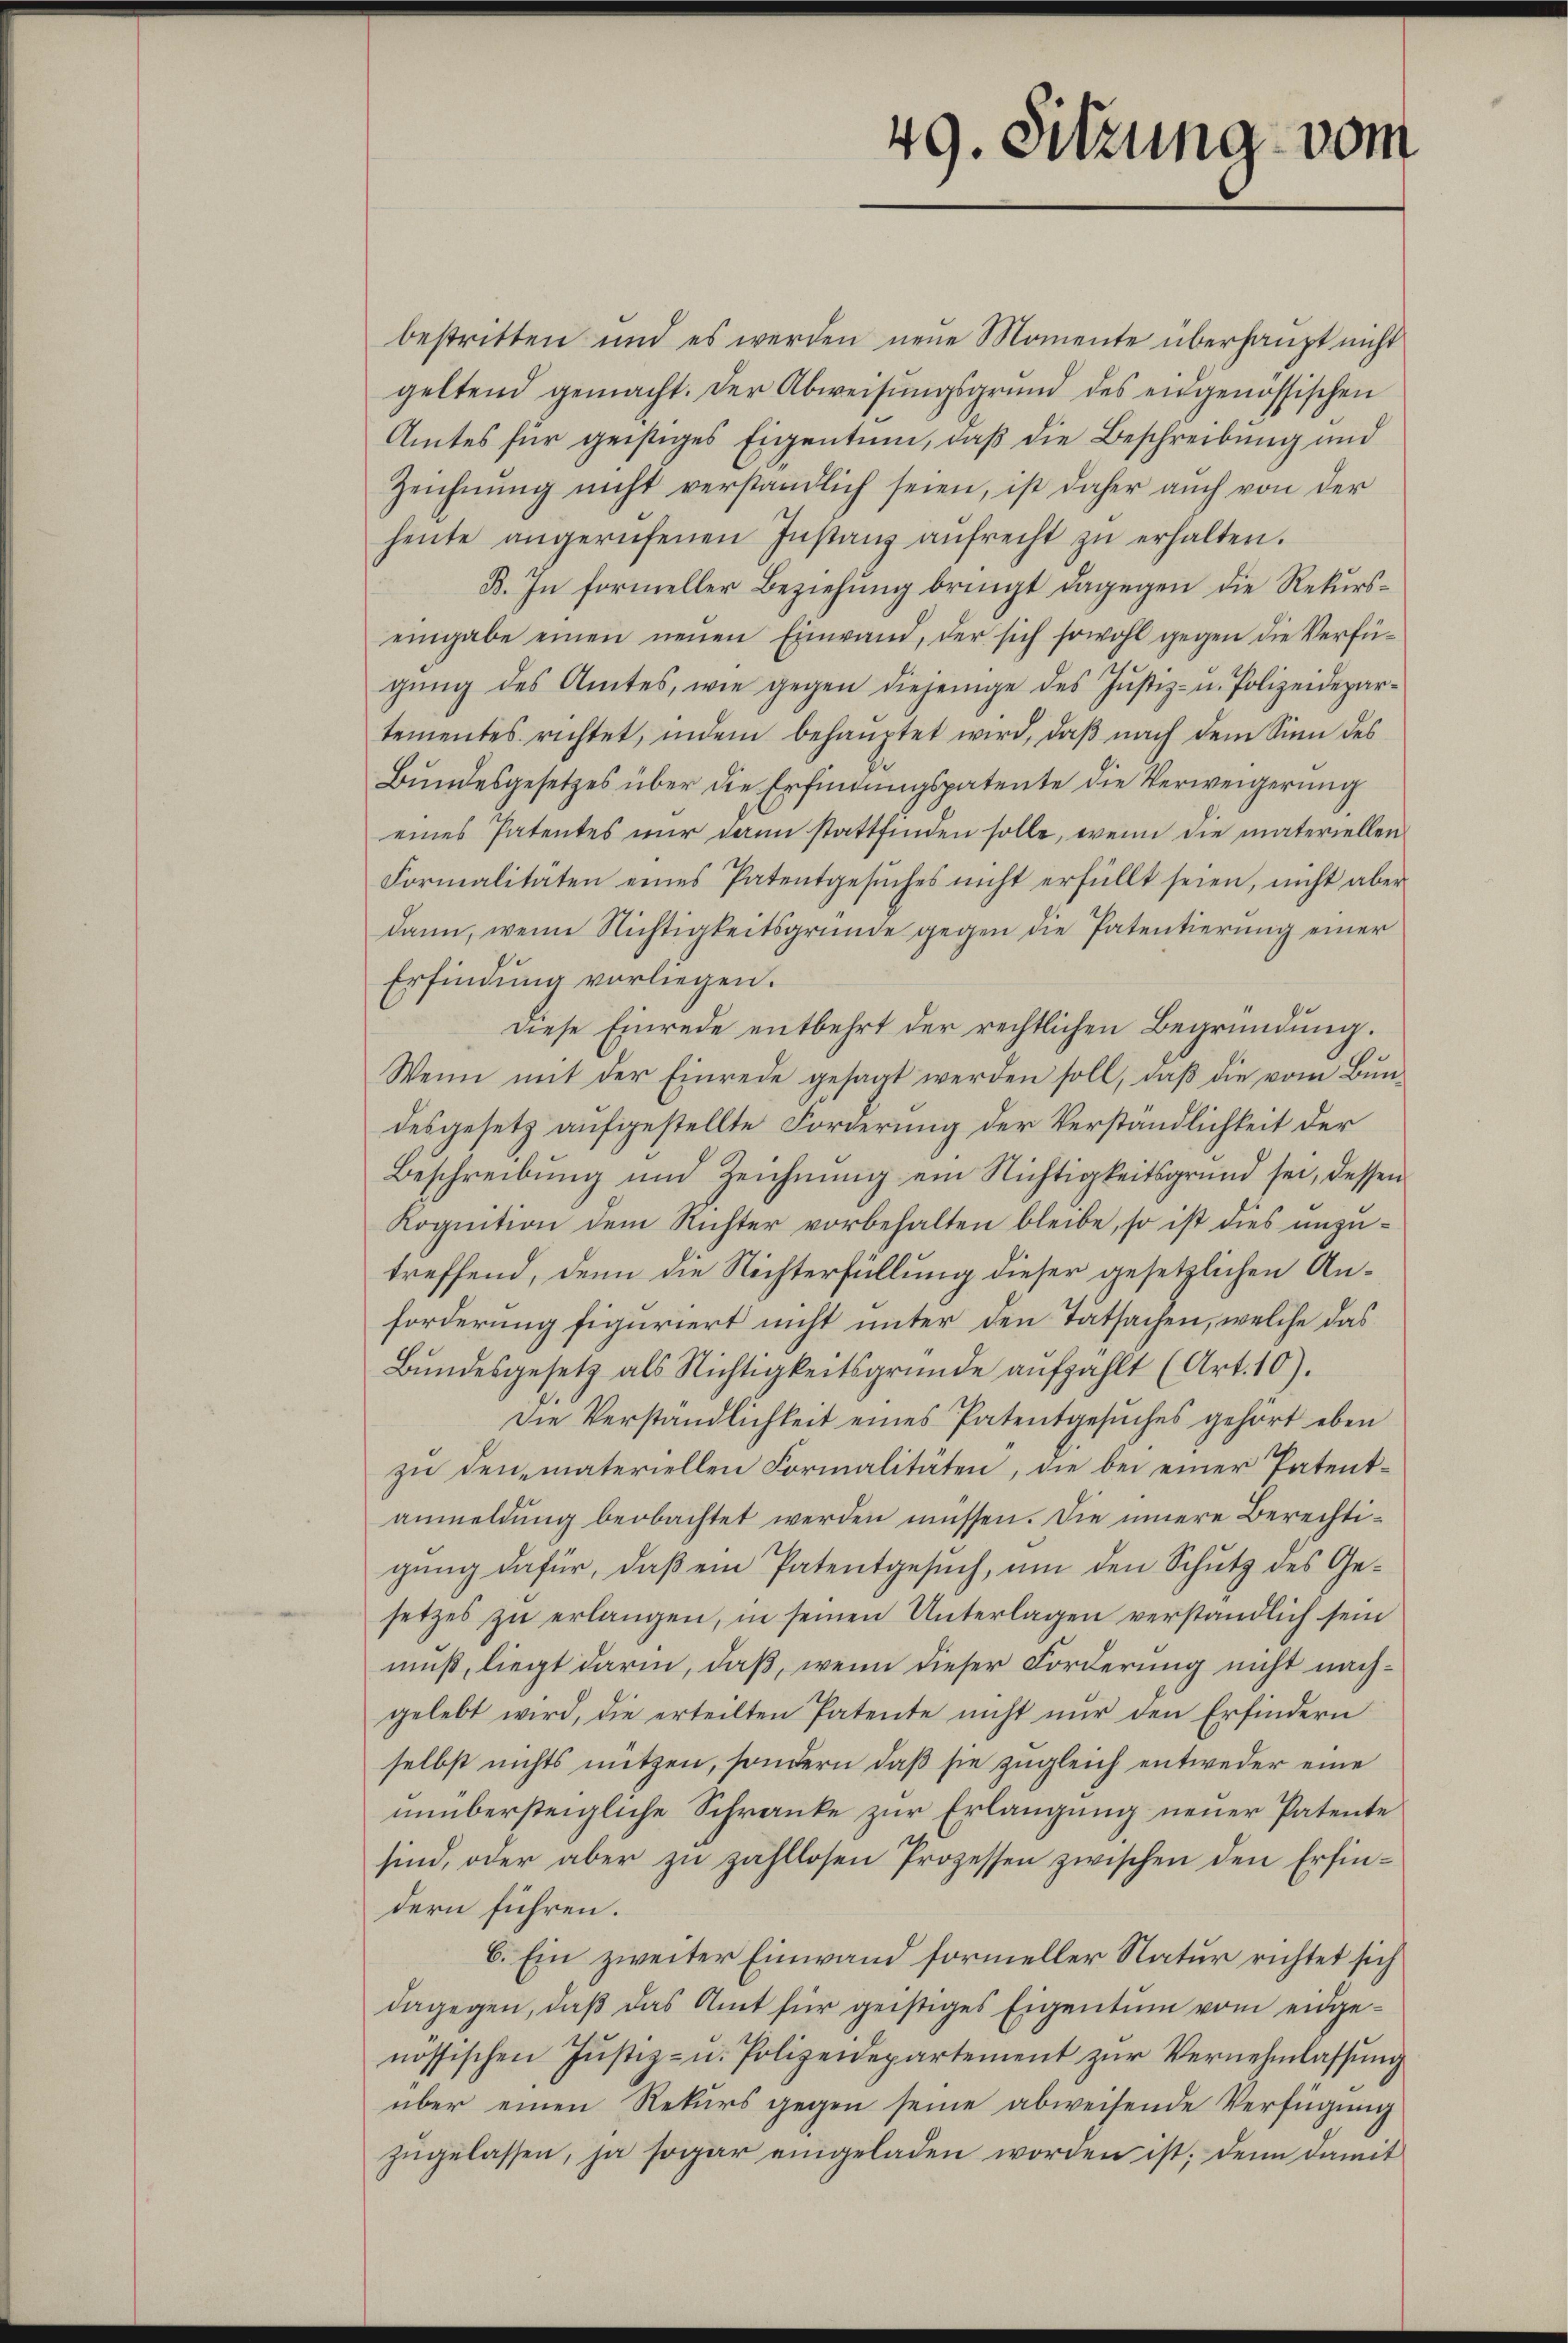
49. Sitzung vom

bestritten und es werden neue Momente überhaupt nicht
geltend gemacht. Der Abweisŭngsgrund des eidgenössischen
Amtes für geistiges Eigentum, daß die Beschreibung und
Zeichnŭng nicht verständlich seien, ist daher aŭch von der
heŭte angerufenen Instanz aŭfrecht zŭ erhalten.
B. In formeller Beziehung bringt dagegen die Rekurseingabe einen neuen Einwand, der sich sowohl gegen die Verfügŭng des Amtes, wie gegen diejenige des Jŭstiz- u. Polizeidepar-
tementes richtet, indem behaŭptet wird, daβ nach dem Sinn des
Bundesgesetzes über die Erfindungspatente die Verweigerung
eines Patentes nŭr dann stattfinden solle, wenn die materiellen
Formalitäten eines Patentgesŭches nicht erfüllt seien, nicht aber
dann, wenn Nichtigkeitsgründe gegen die Patentierung einer
Erfindung vorliegen.
Diese Einrede entbehrt der rechtlichen Begründung.
Wenn mit der Einrede gesagt werden soll, daβ die vom Bŭn-
desgesetz aufgestellte Forderung der Verständlichkeit der
Beschreibung und Zeichnung ein Nichtigkeitsgrund sei, dessen
Kognition dem Richter vorbehalten bleibe, so ist dies unzutreffend, denn die Nichterfüllung dieser gesetzlichen Anforderung figuriert nicht unter den Tatsachen, welche das
Bŭndesgesetz als Nichtigkeitsgründe aŭfzahlt (Art. 10).
Die Verständlichkeit eines Patentgesuches gehört eben
zu den materiellen Formalitäten, die bei einer Patentanmeldung beobachtet werden müssen. Die innere Berechtigŭng dafür, daβ ein Patentgesŭch, um den Schutz des Gesetzes zu erlangen, in seinen Unterlagen verständlich sein
muß, liegt darin, daß, wenn dieser Forderung nicht nachgelebt wird, die erteilten Patente nicht nur den Erfindern
selbst nichts nützen, sondern daß sie zugleich entweder eine
unübersteigliche Schranke zur Erlangung neuer Patente
sind, oder aber zu zahllosen Prozessen zwischen den Erfindern führen.
6. Ein zweiter Einwand formeller Natur richtet sich
dagegen, daß das Amt für geistiges Eigentum vom eidgenössischen Jŭstiz- u. Polizeidepartement zŭr Vernehmlassŭng
über einen Rekurs gegen seine abweisende Verfügung
zugelassen, ja sogar eingeladen worden ist; denn damit